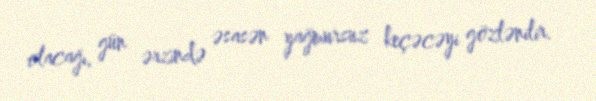
olacağı, gün ərzində əsasən yağmursuz keçəcəyi gözlənilir.